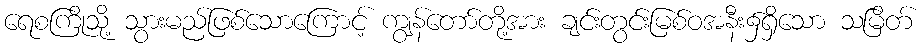
ရေစကြိုသို့ သွားမည်ဖြစ်သောကြောင့် ကျွန်တော်တို့အား ချင်းတွင်းမြစ်ဝအနီး၌ရှိသော သမြိတ်